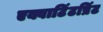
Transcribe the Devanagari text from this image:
एक्वाटिंटप्रिंट